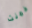
خمنت